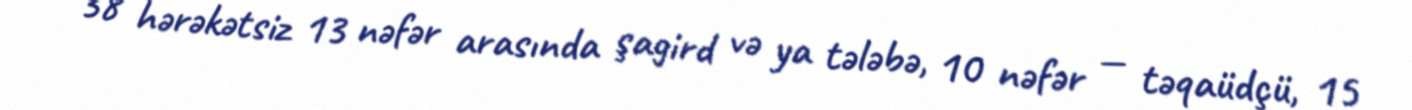
38 hərəkətsiz 13 nəfər arasında şagird və ya tələbə, 10 nəfər — təqaüdçü, 15